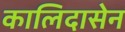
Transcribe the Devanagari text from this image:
कालिदासेन